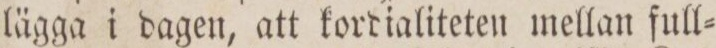
lägga i dagen, att kordialiteten mellan full=